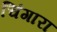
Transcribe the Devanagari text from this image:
चिंगारा